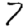
Digit: 7